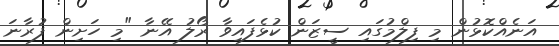
އަނެއްކޮޅުން މި ފިލްމުގައި ސީޒަން ކުޅެފައިވާ ރޯލު އޭނާ "މި ހަށިން ފުރާނަ